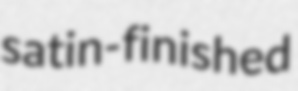
satin-finished